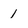
Character: 1